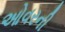
ઓવરની